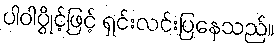
ပါဝါပွိုင့်ဖြင့် ရှင်းလင်းပြနေသည်။